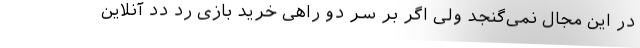
در این مجال نمی‌گنجد ولی اگر بر سر دو راهی خرید بازی رد دد آنلاین